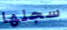
سجلها